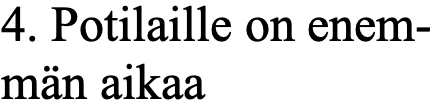
4. Potilaille on enem- män aikaa